Annual administration report of the Civil Veterinary Department, Ajmere-Merwara, British Rajputana - 1914-1940
Year: 1914
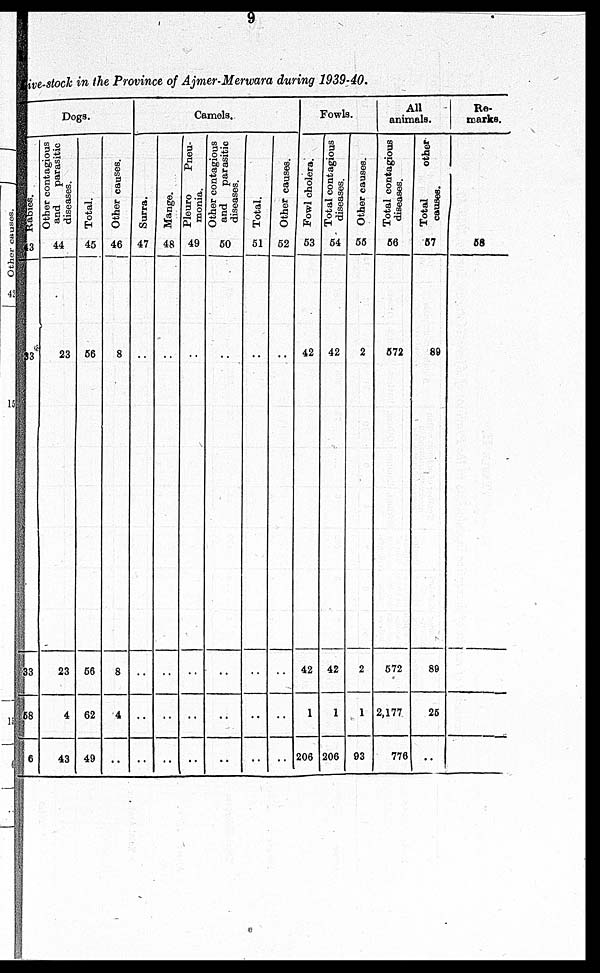
9
Live-stock in the Province of Ajmer-Merwara during 1939-40.
Dogs.
Rabies.
13
33
33
58
6
Other contagious
and
parasitic
diseases.
44
23
23
4
43
Total.
45
56
56
62
49
Other causes.
46
8
8
4
..
Camels.
Surra.
47
..
..
..
..
Mange.
48
..
..
..
..
Pleuro
Pneu-
monia.
49
..
..
..
..
Other contagious
and
parasitic
diseases.
50
..
..
..
..
Total.
51
..
..
..
..
Other causes.
52
..
..
..
..
Fowls.
Fowl cholera.
53
42
42
1
206
Total contagious
diseases.
54
42
42
1
206
Other causes.
55
2
2
1
93
All
animals.
Total contagious
diseases.
56
572
572
2,177
776
Total
other
causes.
57
89
89
25
..
Re-
marks.
58